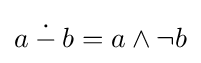
a\mathbin {\dot {-}} b=a\wedge \neg b